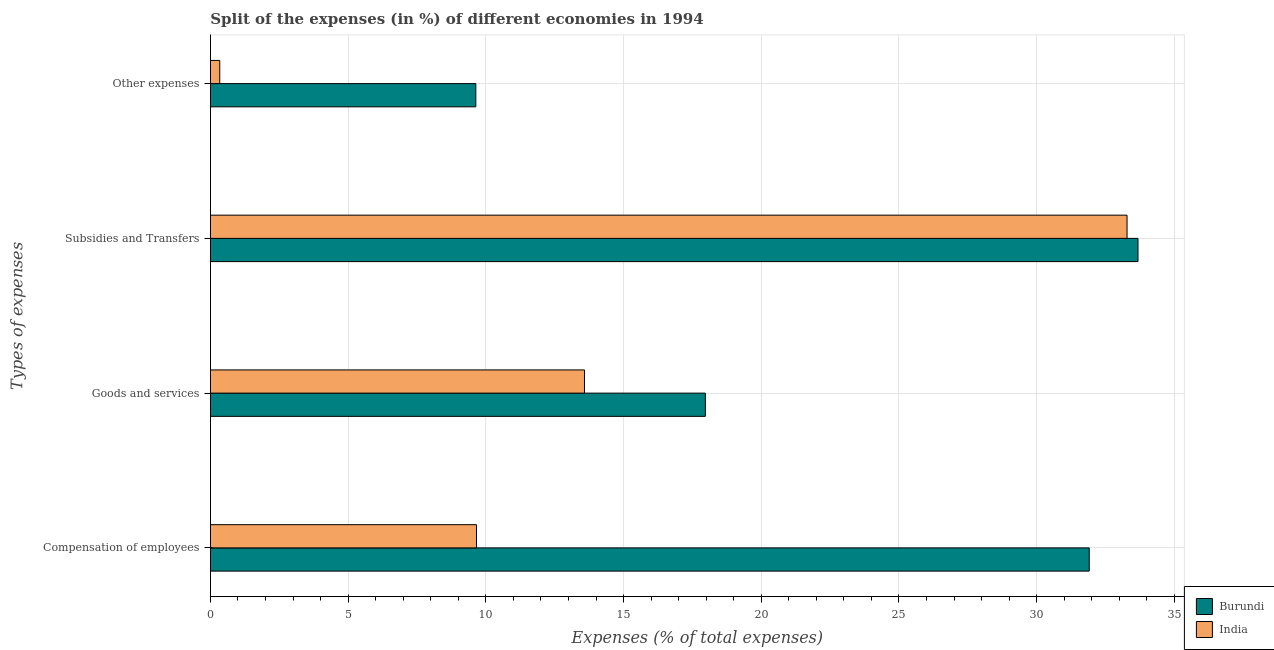
| Types of expenses | Burundi | India |
 | --- | --- | --- |
 | Compensation of employees | 31.9 | 9.66 |
 | Goods and services | 18 | 13.6 |
 | Subsidies and Transfers | 33.7 | 33.3 |
 | Other expenses | 9.64 | 0.34 |